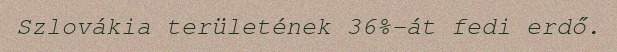
Szlovákia területének 36%-át fedi erdő.